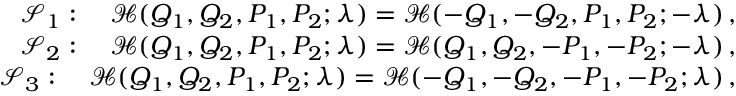
\begin{array} { r } { { \mathcal { S } } _ { 1 } : \quad { \mathcal { H } } ( Q _ { 1 } , Q _ { 2 } , P _ { 1 } , P _ { 2 } ; \lambda ) = { \mathcal { H } } ( - Q _ { 1 } , - Q _ { 2 } , P _ { 1 } , P _ { 2 } ; - \lambda ) \, , } \\ { { \mathcal { S } } _ { 2 } : \quad { \mathcal { H } } ( Q _ { 1 } , Q _ { 2 } , P _ { 1 } , P _ { 2 } ; \lambda ) = { \mathcal { H } } ( Q _ { 1 } , Q _ { 2 } , - P _ { 1 } , - P _ { 2 } ; - \lambda ) \, , } \\ { { \mathcal { S } } _ { 3 } : \quad { \mathcal { H } } ( Q _ { 1 } , Q _ { 2 } , P _ { 1 } , P _ { 2 } ; \lambda ) = { \mathcal { H } } ( - Q _ { 1 } , - Q _ { 2 } , - P _ { 1 } , - P _ { 2 } ; \lambda ) \, , } \end{array}